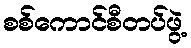
စစ်ကောင်စီတပ်ဖွဲ့